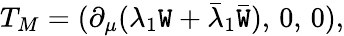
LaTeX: T_{M}=(\partial_{\mu}(\lambda_{1}\mathtt{W}+\bar{{\lambda}}_{1}\bar{{\mathtt{W}}}),\, 0,\, 0),